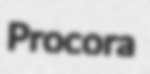
Procora